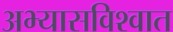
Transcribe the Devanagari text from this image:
अभ्यासविश्वात